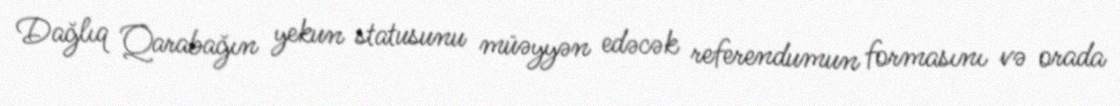
Dağlıq Qarabağın yekun statusunu müəyyən edəcək referendumun formasını və orada